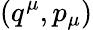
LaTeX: (q^{\mu},p_{\mu})